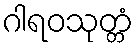
ဂါရဝသုတ္တံ